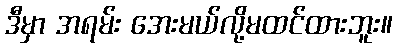
ဒီမှာ အရမ်း အေးမယ်လို့မထင်ထားဘူး။